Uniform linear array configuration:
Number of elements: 8
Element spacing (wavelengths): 1
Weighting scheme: cosine
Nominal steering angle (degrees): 0
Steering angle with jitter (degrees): -0.2331
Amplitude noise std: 0.05
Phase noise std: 0.05

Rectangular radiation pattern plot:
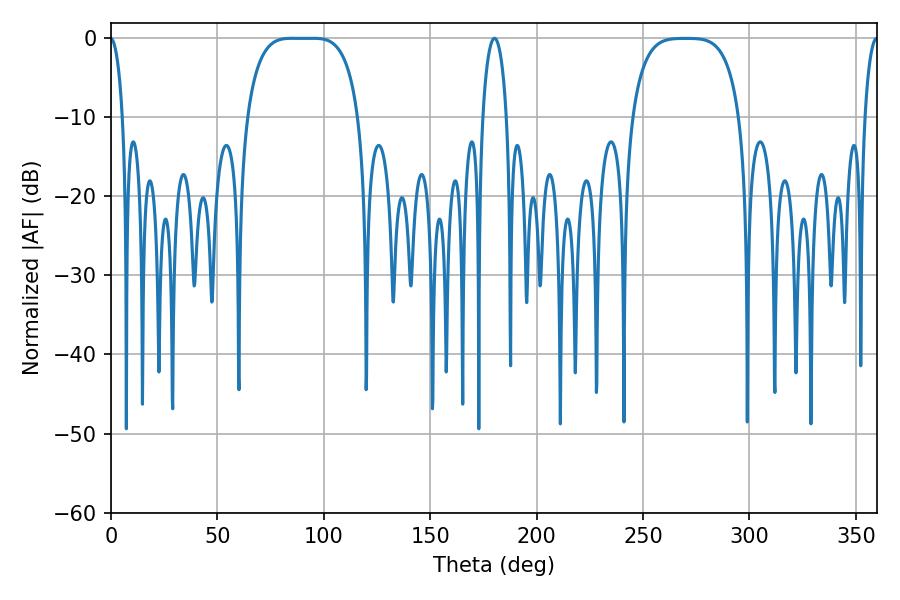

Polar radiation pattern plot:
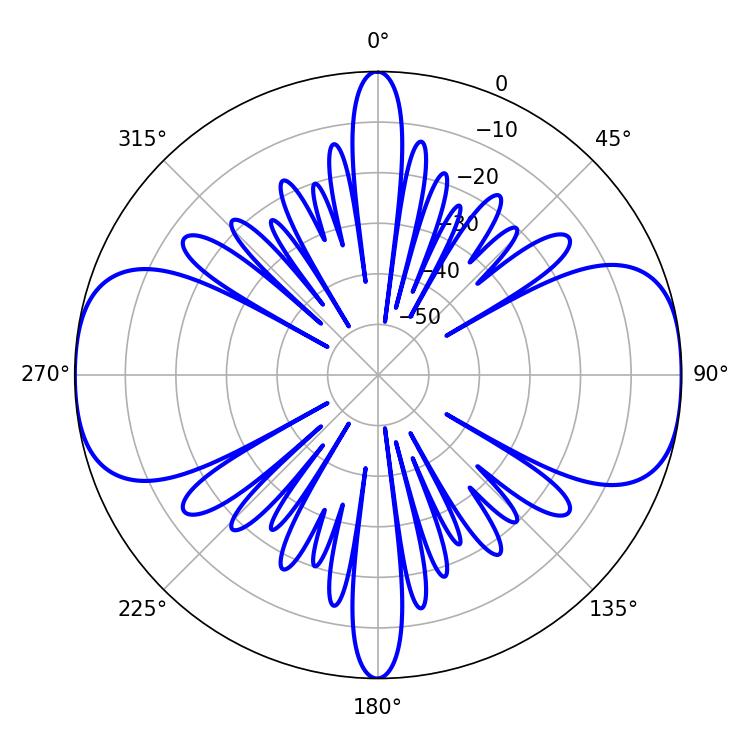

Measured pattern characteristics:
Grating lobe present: TRUE
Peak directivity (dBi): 16.616
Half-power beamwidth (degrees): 39.96
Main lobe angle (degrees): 85.14